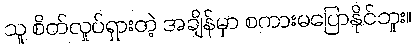
သူ စိတ်လှုပ်ရှားတဲ့ အချိန်မှာ စကားမပြောနိုင်ဘူး။